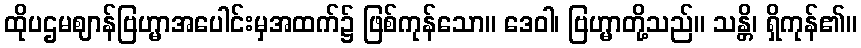
ထိုပဌမဈာန်ဗြဟ္မာအပေါင်းမှအထက်၌ ဖြစ်ကုန်သော။ ဒေဝါ၊ ဗြဟ္မာတို့သည်။ သန္တိ၊ ရှိကုန်၏။